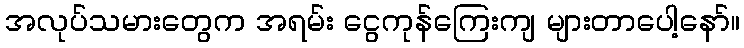
အလုပ်သမားတွေက အရမ်း ငွေကုန်ကြေးကျ များတာပေါ့နော်။